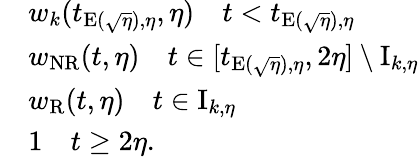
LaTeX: \begin{array}{rl}&{w_{k}(t_{\mathrm{E}(\sqrt{\eta}),\eta},\eta)\quad t<t_{\mathrm{E}(\sqrt{\eta}),\eta}}\\ &{w_{\mathrm{NR}}(t,\eta)\quad t\in[t_{\mathrm{E}(\sqrt{\eta}),\eta},2\eta]\setminus\mathrm{I}_{k,\eta}}\\ &{w_{\mathrm{R}}(t,\eta)\quad t\in\mathrm{I}_{k,\eta}}\\ &{1\quad t\geq 2\eta.}\end{array}